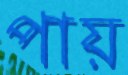
পায়